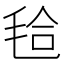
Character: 𣭝